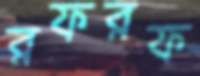
রফরফ